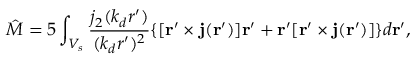
{ \hat { M } } = { 5 } \int _ { V _ { s } } \frac { j _ { 2 } ( k _ { d } r ^ { \prime } ) } { ( k _ { d } r ^ { \prime } ) ^ { 2 } } \{ [ { \bf r } ^ { \prime } \times { \bf j } ( { \bf r } ^ { \prime } ) ] { \bf r } ^ { \prime } + { \bf r } ^ { \prime } [ { \bf r } ^ { \prime } \times { \bf j } ( { \bf r } ^ { \prime } ) ] \} d { \bf r } ^ { \prime } ,